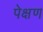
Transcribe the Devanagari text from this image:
पेक्षण